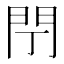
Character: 閅